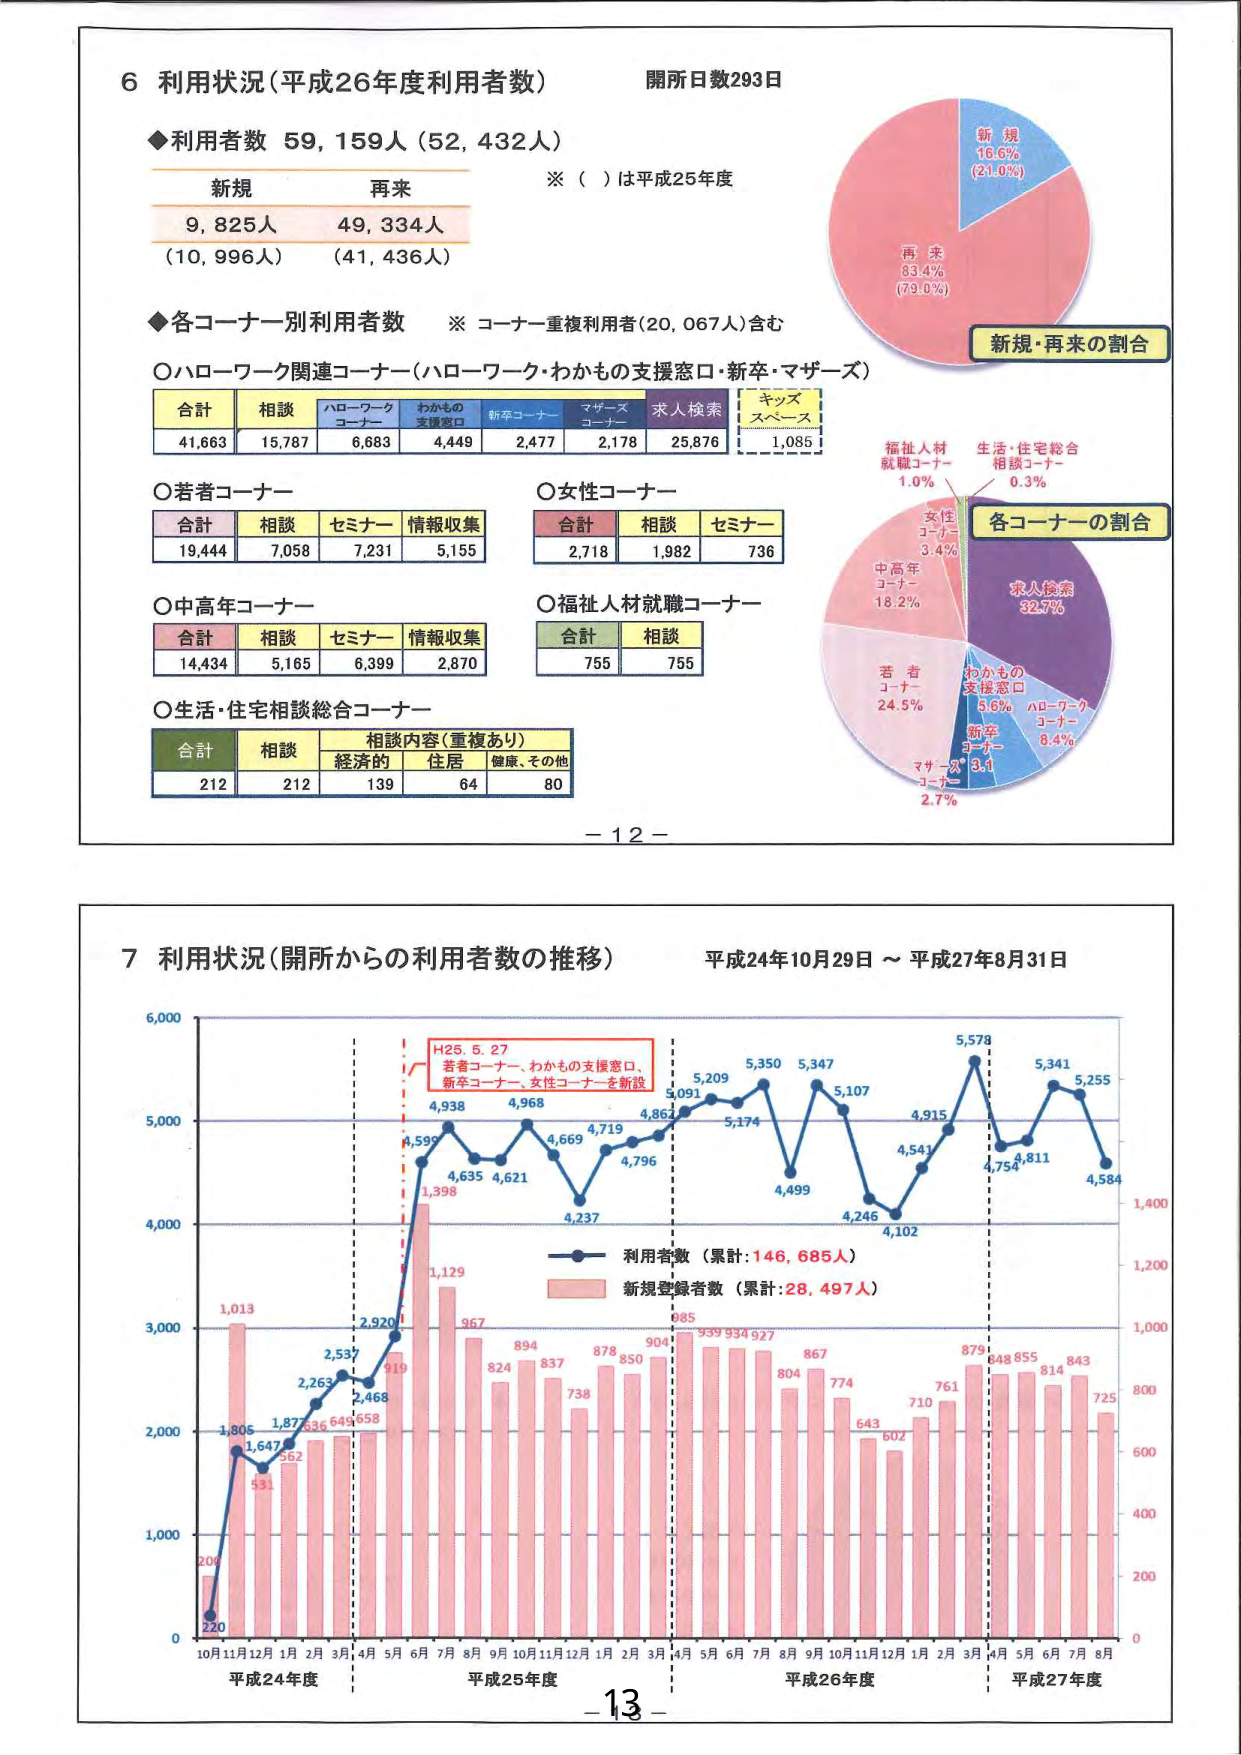
6 利用状況（平成26年度利用者数） 開所日数293日
◆利用者数 59,159人（52,432人）
新規 再来
9,825人 49,334人
（10,996人） （41,436人）
※（ ）は平成25年度

◆各コーナー別利用者数 ※コーナー重複利用者（20,067人）含む
○ハローワーク関連コーナー（ハローワーク・わかもの支援窓口・新卒・マザーズ）
合計 相談 ハローワークコーナー わかもの支援窓口 新卒コーナー マザーズコーナー 求人検索 キッズスペース
41,663 15,787 6,683 4,449 2,477 2,178 25,876 1,085

○若者コーナー
合計 相談 セミナー 情報収集
19,444 7,058 7,231 5,155

○中高年コーナー
合計 相談 セミナー 情報収集
14,434 5,165 6,399 2,870

○女性コーナー
合計 相談 セミナー
2,718 1,982 736

○福祉人材就職コーナー
合計 相談
755 755

○生活・住宅相談総合コーナー
合計 相談 相談内容（重複あり）
経済的 住居 健康、その他
212 212 139 64 80

新規 16.6% (21.0%)
再来 83.4% (79.0%)
新規・再来の割合

福祉人材就職コーナー 1.0%
生活・住宅総合相談コーナー 0.3%
女性コーナー 3.4%
中高年コーナー 18.2%
若者コーナー 24.5%
わかもの支援窓口 5.6%
ハローワークコーナー 8.4%
新卒コーナー 3.1
マザーズコーナー 2.7%
求人検索 32.7%
各コーナーの割合

- 12 -

7 利用状況（開所からの利用者数の推移） 平成24年10月29日～平成27年8月31日
H25.5.27 若者コーナー、わかもの支援窓口、新卒コーナー、女性コーナーを新設
利用者数（累計：146,685人）
新規登録者数（累計：28,497人）
10月 11月 12月 1月 2月 3月 4月 5月 6月 7月 8月 9月 10月 11月 12月 1月 2月 3月 4月 5月 6月 7月 8月 9月 10月 11月 12月 1月 2月 3月 4月 5月 6月 7月 8月
平成24年度 平成25年度 平成26年度 平成27年度
220 200 1,805 1,647 562 531 1,013 2,263 2,537 2,468 658 2,920 919 1,398 4,599 4,938 4,635 4,621 4,968 4,669 4,719 4,867 4,796 4,237 5,091 5,209 5,350 5,347 5,107 4,499 4,246 4,102 4,541 4,915 5,578 4,754 4,811 5,341 5,255 4,584
1,129 967 824 894 837 738 878 850 904 939 934 927 804 867 774 643 602 710 761 879 848 855 814 843 725
0 1,000 2,000 3,000 4,000 5,000 6,000
0 200 400 600 800 1,000 1,200 1,400
- 13 -